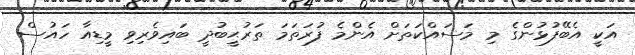
އަކީ އެބޭފުޅުންގެ މި މަސައްކަތަށް އެންމެ ފުރަތަމަ ތަރުޙީބުދީ ބައިވެރިވި މީޑިއާ ހައުސް